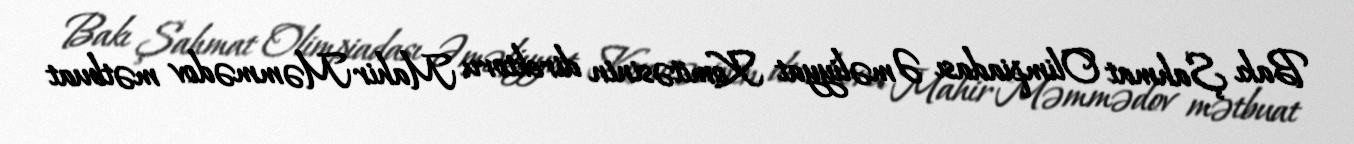
Bakı Şahmat Olimpiadası Əməliyyat Komitəsinin direktoru Mahir Məmmədov mətbuat